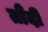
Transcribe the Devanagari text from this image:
तौंदी